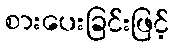
စားပေးခြင်းဖြင့်